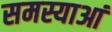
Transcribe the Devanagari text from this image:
समस्याआं